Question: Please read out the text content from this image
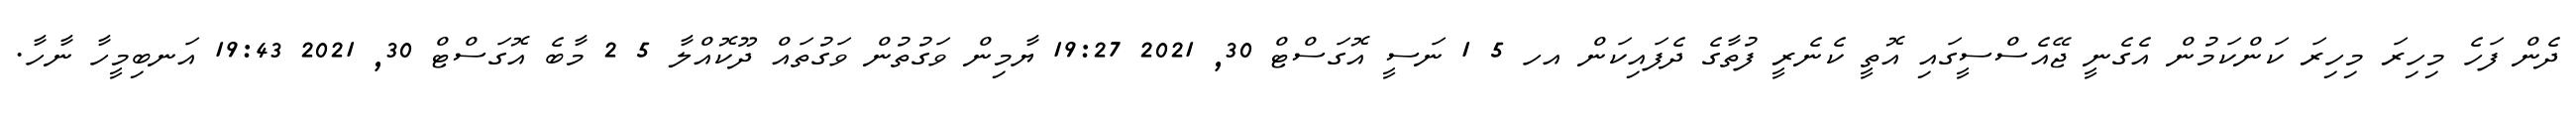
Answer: ދެން ފަހެ މިހިރަ މިހިރަ ކަންކަމުން އެގެނީ ޖޭއެސްސީގައި އޮތީ ކެނެރީ ފުތާގެ ދެފައިކަން އހ 5 1 ނަސީ އޮގަސްޓް 30, 2021 19:27 ޔާމިން ވަގުތުން ވަގުތައް ދޫކޮއްލާ 5 2 މާބެ އޮގަސްޓް 30, 2021 19:43 އަނބިމީހާ ނާހާ.